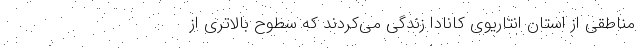
مناطقی از استان اُنتاریوی کانادا زندگی می‌کردند که سطوح بالاتری از